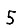
Digit: 5